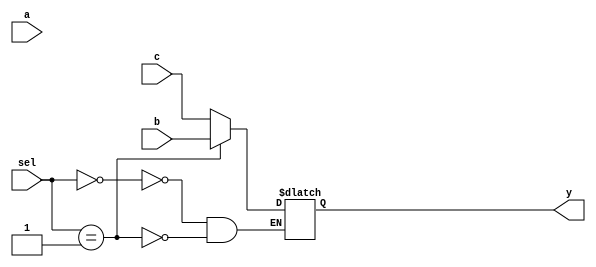
`timescale 1ns / 1ps

////////////////////////////////////////////////////////////////////////////////
// Company:       California State University San Bernardino
//                Tyler Clayton
//
// Module Name:   THREE_ONE_MUX
// Project Name:  MIPS
// Description:   MIPS 3-to-1 32-bit MUX implementation in verilog.
//
// Dependencies:  None
//
////////////////////////////////////////////////////////////////////////////////

module THREE_ONE_MUX(input [31:0] a, b, c, input [1:0] sel, output reg [31:0] y);
	always @ *
		case (sel)
			00: y <= c;
			01: y <= b;
			10: y <= a;
		endcase
endmodule